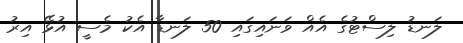
ލަނޑު ލިސްޓުގެ އެއް ވަނައިގައި 50 ލަނޑާ އެކު މެސީ އުޅޭ އިރު